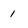
Character: 1